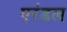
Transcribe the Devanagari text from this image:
एरंडल